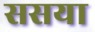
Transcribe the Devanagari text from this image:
ससया